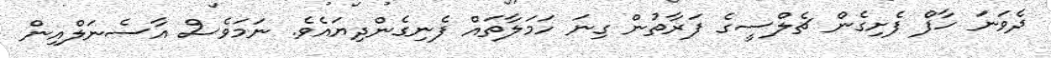
ދެވަނަ ހާފް ފެށިގެން ޗެލްސީގެ ފަރާތުން ގިނަ ހަމަލާތައް ފެނިގެންދިޔައެވެ. ނަމަވެސް އާސެނަލްއިން